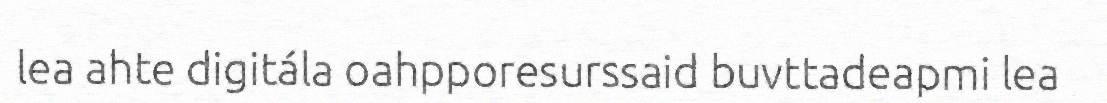
lea ahte digitála oahpporesurssaid buvttadeapmi lea